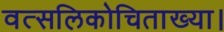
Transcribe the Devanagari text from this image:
वत्सलिकोचिताख्या।